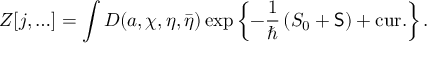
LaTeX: Z [ j , \ldots ] = \int { \cal D } ( a , \chi , \eta , \bar { \eta } ) \exp \left\{ - \frac { 1 } { \hbar } \left( S _ { 0 } + { \sf S } \right) + \mathrm { c u r . } \right\} .